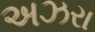
અઝરા